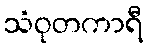
သံဝုတကာရီ